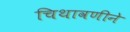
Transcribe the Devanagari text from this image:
चिथावणीने